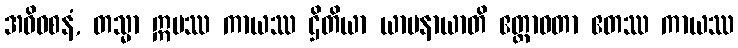
အဓိဝစနံ, တသ္မာ ဣမဿ ကာယဿ ဌိတိယာ ယာပနာယာတိ ဧတ္တာဝတာ ဧတဿ ကာယဿ